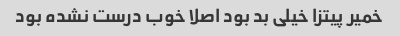
خمیر پیتزا خیلی بد بود اصلا خوب درست نشده بود